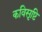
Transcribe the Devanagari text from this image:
कविसृष्टि